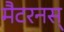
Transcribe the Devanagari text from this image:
मैटरनस्